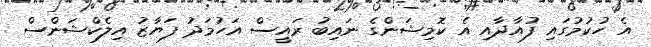
އެ ހުކުމުގައި ފުއާދާއި އެ ކޮމިޝަންގެ ނައިބު ރައީސް އަހުމަދު ފަޔާޒު އިލެކްޝަންސް